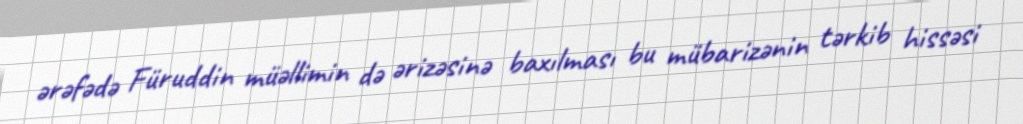
ərəfədə Füruddin müəllimin də ərizəsinə baxılması bu mübarizənin tərkib hissəsi